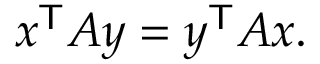
x ^ { \mathsf { T } } A y = y ^ { \mathsf { T } } A x .